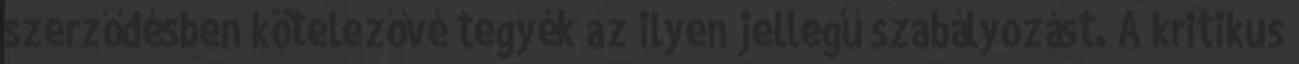
szerződésben kötelezővé tegyék az ilyen jellegű szabályozást. A kritikus